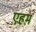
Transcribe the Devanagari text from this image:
एहम